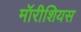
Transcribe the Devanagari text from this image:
मॉरीशियस